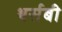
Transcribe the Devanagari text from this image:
थर्सबी